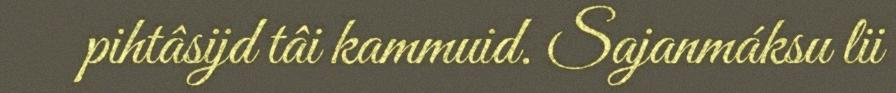
pihtâsijd tâi kammuid. Sajanmáksu lii